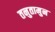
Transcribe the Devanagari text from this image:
तनुतामुन